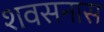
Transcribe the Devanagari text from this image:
शवसनास